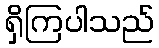
ရှိကြပါသည်